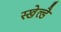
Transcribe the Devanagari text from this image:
स्खेल्डै